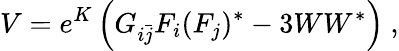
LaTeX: V=e^{K}\left(G_{i{\bar{j}}}F_{i}(F_{j})^{*}-3WW^{*}\right)~,